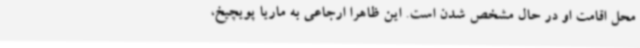
محل اقامت او در حال مشخص شدن است. این ظاهراً ارجاعی به ماریا پویچیخ،